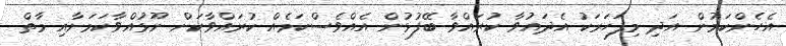
އެހެންކަމުން އަދި މިފަހަރަކު އެދައުވާ ކުރައްވާ ބޭފުޅުން އެއްވެސްކަމެއް ކުރައްވާކަށް ނޫޅުއްވާކަމަށާއި މާތް